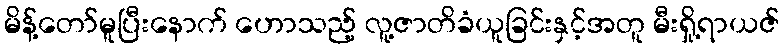
မိန့်တော်မူပြီးနောက် ဟောသည့် လူ့ဇာတိခံယူခြင်းနှင့်အတူ မီးရှို့ရာယဇ်